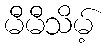
မီမီသိမ့်